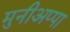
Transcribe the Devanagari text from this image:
मुनीअप्पा